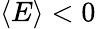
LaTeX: \langle E\rangle<0